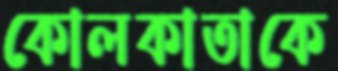
কোলকাতাকে